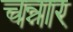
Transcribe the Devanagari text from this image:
चन्नार